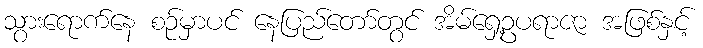
သွားရောက်နေ စဉ်မှာပင် နေပြည်တော်တွင် အိမ်ရှေ့ဥပရာဇာ အဖြစ်နှင့်